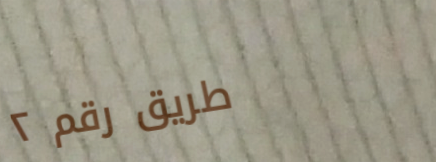
طريق رقم ٢